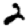
Digit: 2